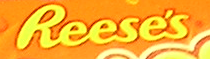
Reeses